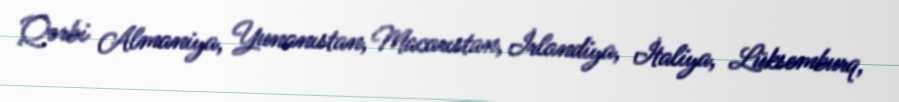
Qərbi Almaniya, Yunanıstan, Macarıstan, İrlandiya, İtaliya, Lüksemburq,